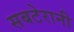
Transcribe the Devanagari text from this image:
सबटेरानी